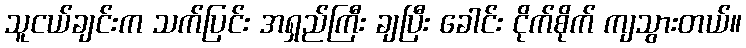
သူငယ်ချင်းက သက်ပြင်း အရှည်ကြီး ချပြီး ခေါင်း ငိုက်စိုက် ကျသွားတယ်။